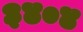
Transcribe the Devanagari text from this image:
३४०४